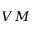
V M